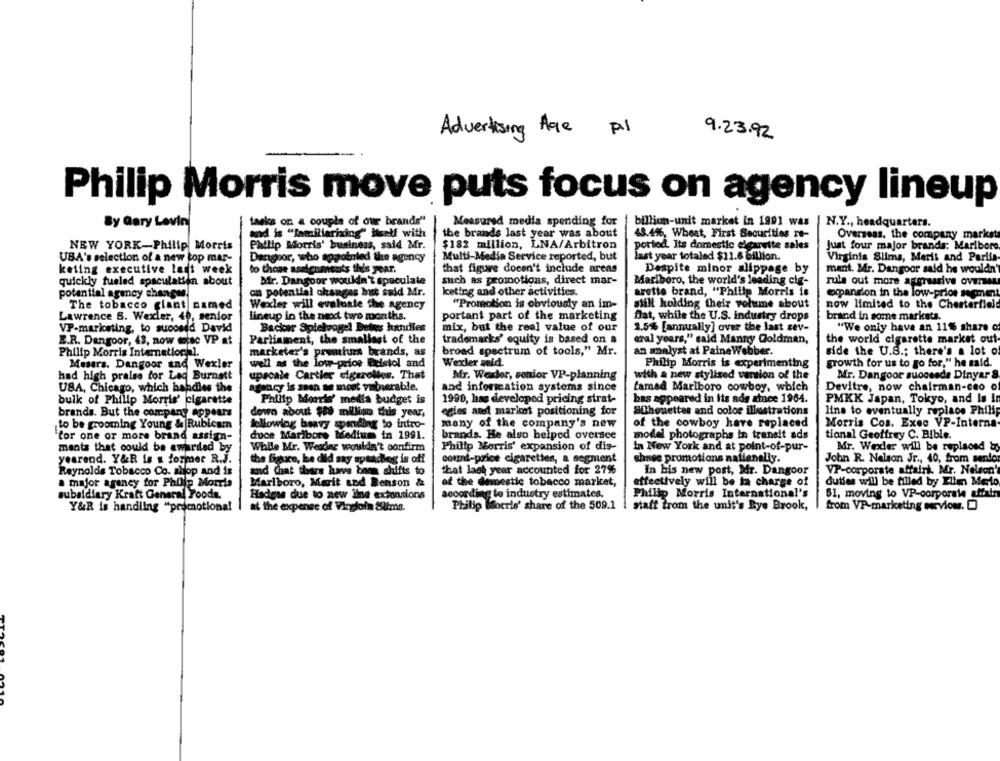
Advertising Age P.1
9.23.92
Philip Morris move puts focus on agency lineup
By Gary Levin
taslos on a couple of our brands"
Measured media spending for
billion-unit market in 1991 was
N.Y ., headquarters.
and is "lacalliarizing" itself with
the brands last year was about
43.4%, Wheat, First Securities re-
Overseas, the company market
NEW YORK-Philip Morris
Philip Morris' business, said Mr.
$182 million, LNA/Arbitron
ported. Its domestic cigarette sales
Just four major brands: Maribore
UBA's selection of a new top mar-
Dangpor, who appoinled the agency
Multi-Media Service reported, but
last year totaled $11.6 billion.
Virginia Slims, Merit and Parlia-
keting executive last week
to these assignments this year.
that figure doesn't include areas
Despite minor slippage by
ment. Mr. Dangoor said he wouldn'
Mir. Dangoor wouldn't speculate
such as promotions, direct mar-
Mariboro, the world's leading cig-
rule out more aggressive oversaus
quickly fueled speculation about
potential agency charges.
on potential changas het said Mr.
keting and other activities.
arette brand, "Philip Morris is
expansion in the low-prior segment
The tobacco glant named
Wexler will evaluate the agency
"Promotion is obviously an im-
still holding their volume about
now limited to the Chesterfield
Lawrence B. Wexler, 40, senior
Lineup in the next two months.
portant part of the marketing
Dat, while the U.S. industry drops
brand in some markets.
VP-marketing, to sucosed David
Backcar Spielvogel betes hundles
mix, but the real value of our
1.5% [annually] over the last sev-
"We only have an 11% share of
E.R. Dengoor, 43, now morec VP at
Parliament, the smallest of the
trademarks' equity is based on a
eral years," said Manny Goldman,
the world elgarette market out-
broad spectrum of tools," Mr.
an analyst at Paine Webber.
Philip Morris International.
marketer's premium brands, as
side the U.S .: there's a lot of
Mesers. Dangoor ano Wexler
well as the low price Beistol and
Wexler seld.
Philip Morris is experimenting
growth for us to go for," he said.
had high praise for Lag Burnett
upscale Cartier cigarettes. That
Mr. Wedler, senior VP-planning
with a new stylized version of the
Mr. Dangoor succesda Dinyar &
USA, Chicago, which handles the
agency is seen an mont vitnerable.
and information systems since
tamed Marlboro cowboy, which
Devitre, now chairman-ceo of
bulk of Philip Morris' cigarette
Palitp Morris' media budget is
1990, has developed pricing strat-
has appeared in its ads since 1964.
PMKK Japan, Tokyo, and Is in
egies and market positioning for
Silhouettes and color illustrations
line to eventually replace Philip
brands. But the company appears
dewo about $88 million this year,
to be grooming Young & Rubicam
following beavy spending to intro-
many of the company's new
of the cowboy have replaced
Morris Cos. Exec VP-Interna
doce Maribore Medium ia 1991.
brands. He also helped oversee
model photographs in transit ads
tional Geoffrey C. Bible.
for one or more brand assign-
ments that could be awarded by
While Mr. Weadiec wouldn't confirm
Philip Morris' expansion of dis-
In New York and at point-of-pur-
Mr. Weder will be replaced by
yearend. Y&R is & former R.J.
the figure, he did my aptadie
count-price cigarettes, a segment
shnse promotions nationally.
John R. Nelson Jr ., 40, from sendo
Reynolds Tobacco Co. shop and is
and Chat there have been shifts to
that last year accounted for 27%
In his new post, Mr. Dangoor
VP-corporate affairi. Mr. Nelson'
a major agency for Philip Morris
Marlboro, Marit and Benson &
of the demestic tobacco market,
ettectively will be ta charge of
duties will be filled by Elim Merlo
subsidiary Kraft General Foods.
Hadess due to new line extensions
according to industry estimates.
Philip Morris International's
61, moving to VP-corporate affairs
Y&R is handling "promotional
at the expense of Vinglofa &lims.
Philip Morris' share of the 509.1
staff trom the unit's Bye Brook,
from VP-marketing serviow.